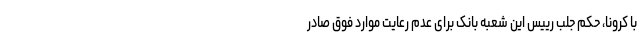
با کرونا، حکم جلب رییس این شعبه بانک برای عدم رعایت موارد فوق صادر